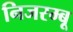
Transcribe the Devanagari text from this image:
निजरम्बू